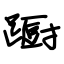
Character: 蹰